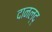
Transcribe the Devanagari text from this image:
दानल्द्